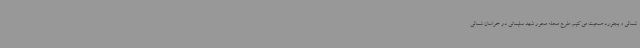
شمالی و بجنورد صحبت می‌کنیم. طرح محله محور شهد سلیمانی در خراسان شمالی